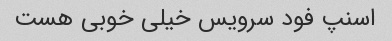
اسنپ فود سرویس خیلی خوبی هست